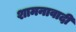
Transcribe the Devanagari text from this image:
शामनावादी